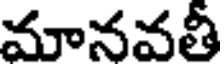
మానవతీ